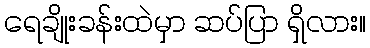
ရေချိုးခန်းထဲမှာ ဆပ်ပြာ ရှိလား။